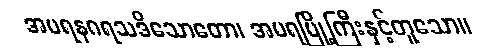
အမရနဂရသဒိသောတော၊ အမရမြို့ကြီးနှင့်တူသော။